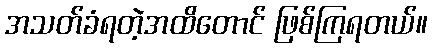
အသတ်ခံရတဲ့အထိတောင် ဖြစ်ကြရတယ်။